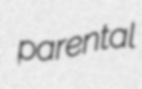
parental